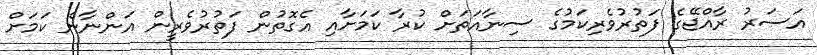
އަސަރު ރާއްޖޭގެ ފަތުރުވެރިކަމުގެ ސިނާއަތަށް ކުރާ ކަމަށާއި އެގޮތުން ފަތުރުވެރީން އަންނާނެ ކަމަށް